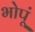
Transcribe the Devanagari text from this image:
भोपूं